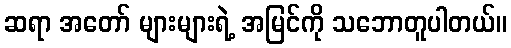
ဆရာ အတော် များများရဲ့ အမြင်ကို သဘောတူပါတယ်။